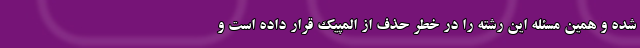
شده و همین مسئله این رشته را در خطر حذف از المپیک قرار داده است و